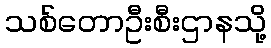
သစ်တောဦးစီးဌာနသို့